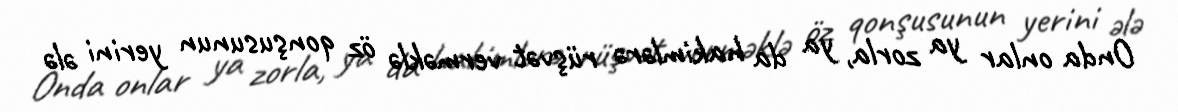
Onda onlar ya zorla, ya da hakimlərə rüşvət verməklə öz qonşusunun yerini ələ